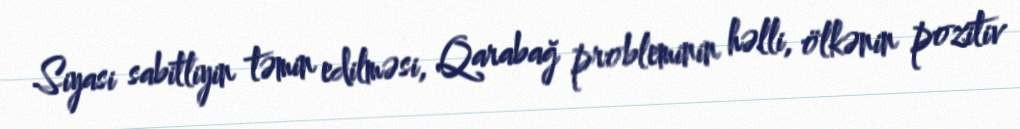
Siyasi sabitliyin təmin edilməsi, Qarabağ probleminin həlli, ölkənin pozitiv